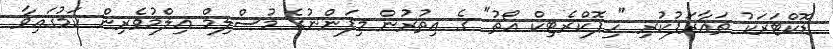
ޑޮކްޓަރަކު ތަޢާރަފުކުރި "ހިޕޮކްރެޓިކް އޯތު" ގެ އިތުރުން މިފަންނުގެ މުސްލިމް ޢިލްމުވެރިން ކަމުގައިވާ